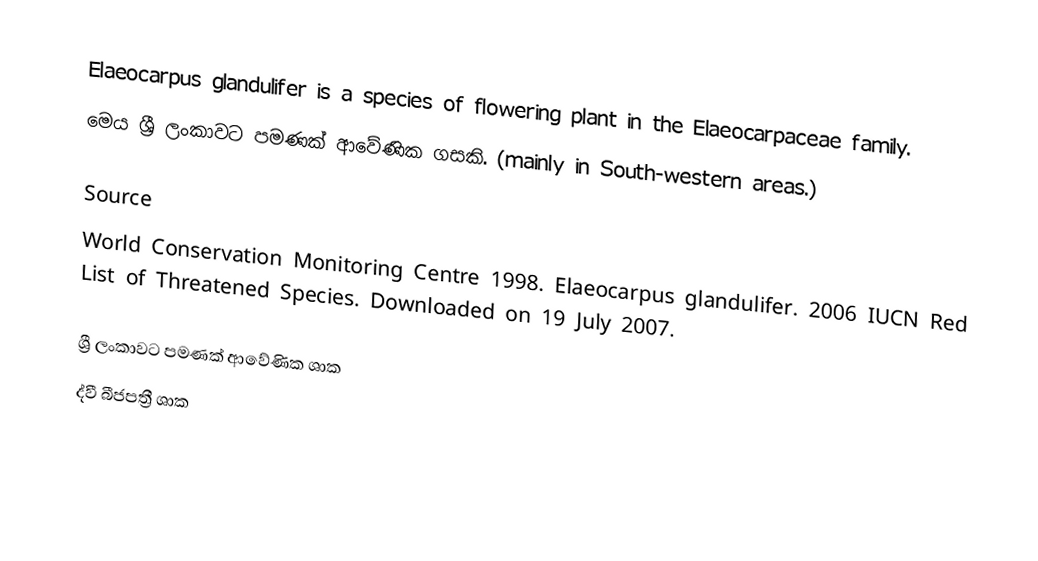
Elaeocarpus glandulifer is a species of flowering plant in the Elaeocarpaceae family.
මෙය ශ්‍රී ලංකාවට පමණක් ආවේණික ගසකි. (mainly in South-western areas.)

Source
 World Conservation Monitoring Centre 1998. Elaeocarpus glandulifer. 2006 IUCN Red List of Threatened Species.  Downloaded on 19 July 2007.

ශ්‍රී ලංකාවට පමණක් ආවේණික ශාක
ද්වී බීජපත්‍රී ශාක